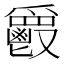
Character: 𩰥